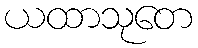
ယထာသုတေ